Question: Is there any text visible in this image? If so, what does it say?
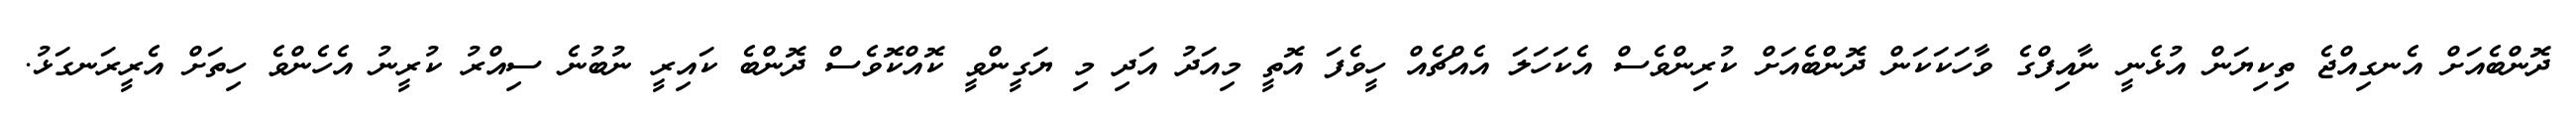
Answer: ދޮންބެއަށް އެނގިއްޖެ ތިކިޔަން އުޅެނީ ނާއިފްގެ ވާހަކަކަން ދޮންބެއަށް ކުރިންވެސް އެކަހަލަ އެއްޗެއް ހީވެފަ އޮތީ މިއަދު އަދި މި ޔަގީންވީ ކޮއްކޮވެސް ދޮންބެ ކައިރީ ނުބުނެ ސިއްރު ކުރީނު އެހެންވެ ހިތަށް އެރީރަނގަޅު.